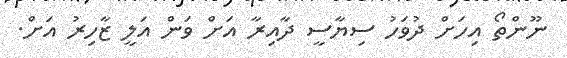
ނޫންތޯ އިހަށް ދުވަހު ސިޔާސީ ދާއިރާ އަށް ވަން އަލީ ޒާހިރު އަށް.